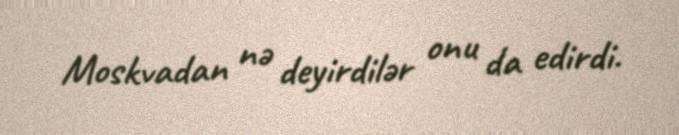
Moskvadan nə deyirdilər onu da edirdi.